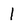
Character: 1